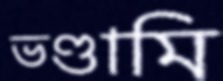
ভণ্ডামি